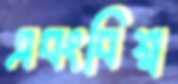
এবংবিশ্ব